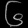
Digit: ၆